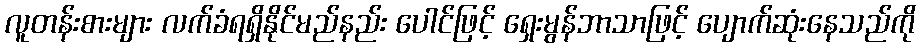
လူတန်းစားများ လက်ခံရရှိနိုင်မည်နည်း ပေါင်ဖြင့် ရှေးမွန်ဘာသာဖြင့် ပျောက်ဆုံးနေသည်ကို